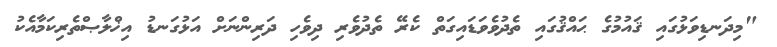
"މިދަނޑިވަޅުގައި ޤައުމުގެ ޙައްޤުގައި ތެދުވެވަޑައިގަތް ކެރޭ ތެދުވެރި ދިވެހި ދަރިންނަށް އަޅުގަނޑު އިޚްލާޞްތެރިކަމާއެކު